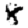
Digit: 8